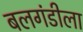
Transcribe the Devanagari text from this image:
बलगंडीला